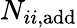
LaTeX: N_{ii,{\textrm{add}}}